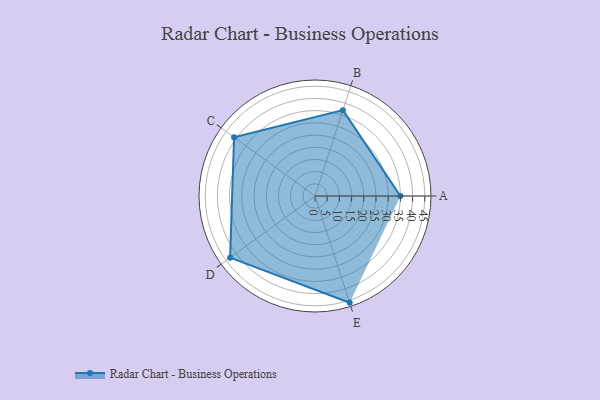
{"axis": {"x": "Skill", "y": "Score"}, "legend": ["Profile"], "data": [{"x": "A", "y": 35.0, "type": "Profile"}, {"x": "B", "y": 37.0, "type": "Profile"}, {"x": "C", "y": 41.0, "type": "Profile"}, {"x": "D", "y": 43.0, "type": "Profile"}, {"x": "E", "y": 46.0, "type": "Profile"}]}